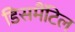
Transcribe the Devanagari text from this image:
डिसमैंटिल